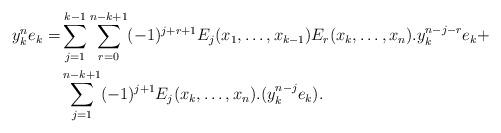
LaTeX: \begin{align*}y_k^n e_k = & \sum_{j=1}^{k-1} \sum_{r=0}^{n-k+1} (-1)^{j+r+1} E_j(x_1, \ldots, x_{k-1}) E_r(x_k, \ldots, x_n) . y_k^{n-j-r} e_k + \\& \sum_{j=1}^{n-k+1} (-1)^{j+1} E_j(x_k, \ldots, x_n) .( y_k^{n-j} e_k). \end{align*}